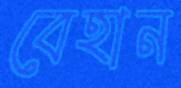
বেহান